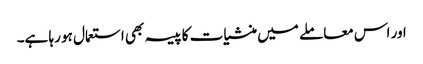
اور اس معاملے میں منشیات کا پیسہ بھی استعمال ہو رہا ہے۔